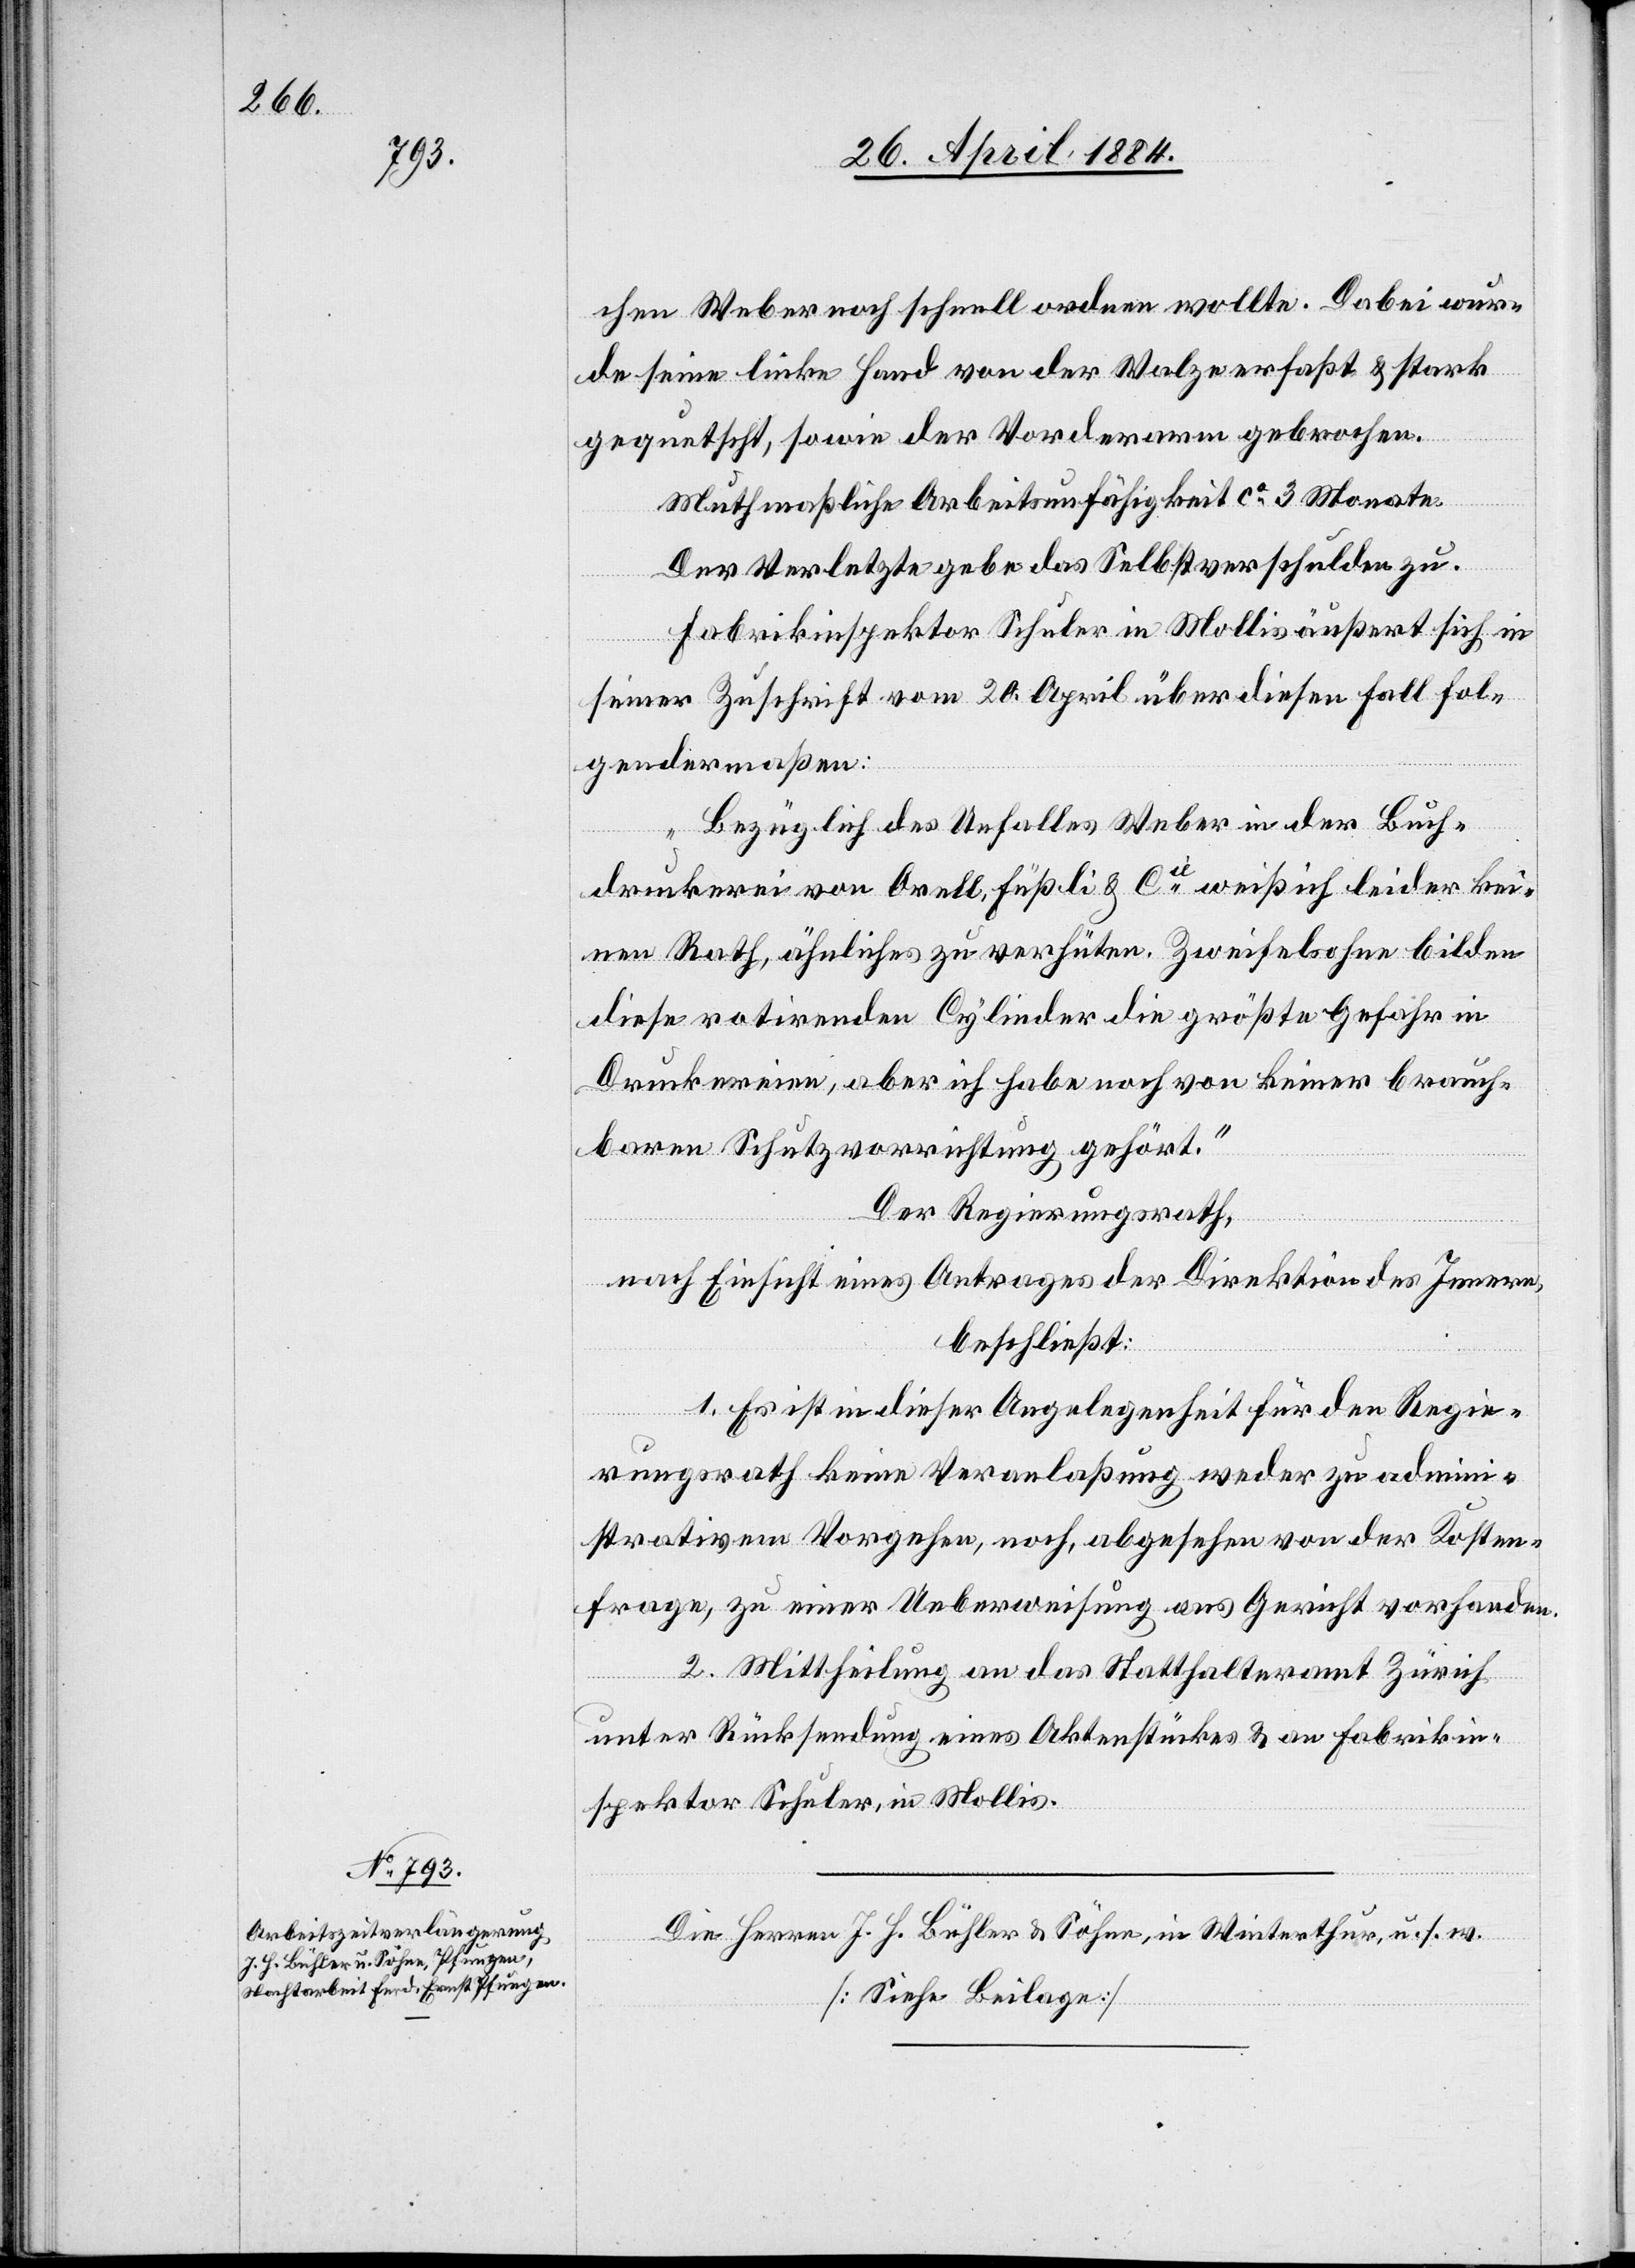
chen Weber noch schnell ordnen wollte. Dabei wur¬
de seine linke Hand von der Walze erfaßt & stark
gequetscht, sowie der Vorderarm gebrochen.
Muthmaßliche Arbeitsunfähigkeit ca 3 Monate.
Der Verletzte gebe das Selbstverschulden zu.
Fabrikinspektor Schuler in Mollis äußert sich in
seiner Zuschrift vom 20. April über diesen Fall fol¬
gendermaßen:
„Bezüglich des Unfalles Weber in der Buch¬
druckerei von Orell, Füßli & Cie weiß ich leider kei¬
nen Rath, ähnliches zu verhüten. Zweifelsohne bilden
diese rotirenden Cylinder die größte Gefahr in
Druckereien, aber ich habe noch von keiner brauch¬
baren Schutzvorrichtung gehört.“
Der Regierungsrath,
nach Einsicht eines Antrages der Direktion des Innern,
beschließt:
1. Es ist in dieser Angelegenheit für den Regie¬
rungsrath keine Veranlaßung weder zu admini¬
strativem Vorgehen, noch, abgesehen von der Kosten¬
frage, zu einer Ueberweisung ans Gericht vorhanden.
2. Mittheilung an das Statthalteramt Zürich
unter Rücksendung eines Aktenstückes & an Fabrikin¬
spektor Schuler in Mollis.